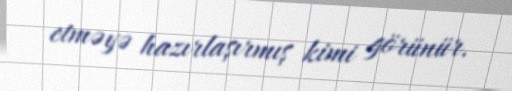
etməyə hazırlaşırmış kimi görünür.